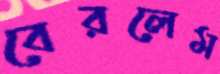
বেরলেম